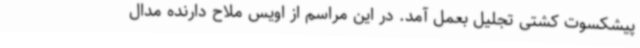
پیشکسوت کشتی تجلیل بعمل آمد. در این مراسم از اویس ملاح دارنده مدال